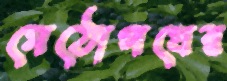
মেঠোপথের